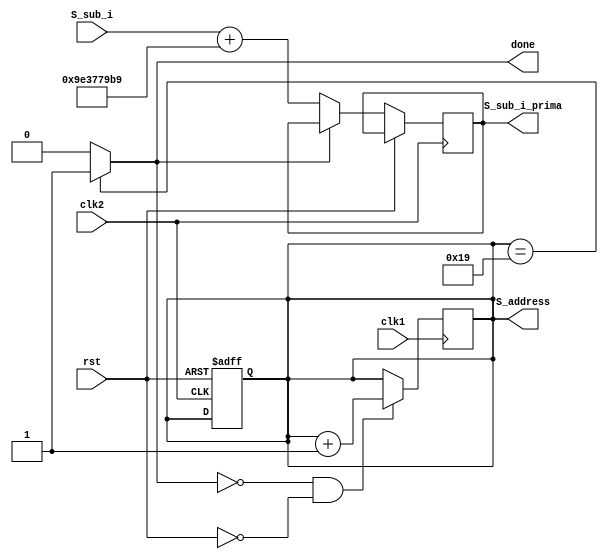
`timescale 1ns/10ps


module initArrayS
#(
	parameter w = 32,
	parameter t = 26,
	parameter t_length = $clog2(t),
	parameter qW = 32'h9E3779B9
)

(
	input clk1,
	input clk2,
	input rst,
	input [w-1:0]S_sub_i,

	output reg [w-1:0] S_sub_i_prima,
	output [t_length-1:0] S_address,
	output wire done
);


	parameter t_bit_size = 2**t_length-1;
	reg [t_length-1:0] count;
	assign S_address = count;

	assign done = (count==(t-1)) ? 1:0;

	always @(posedge clk2 or posedge rst) begin

		if(rst) begin
			count = t_bit_size;
		end

		else begin 
			if (done==0) begin
				S_sub_i_prima = S_sub_i + qW;
			end
		end
	end

	always @(posedge clk1) begin
		if (done==0 && rst==0) begin
			count = count + 1;
		end
	end


endmodule